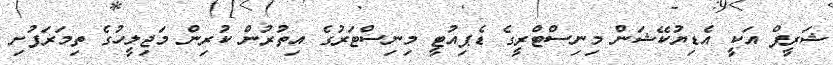
ޝަރީފް އަކީ އެޑިޔުކޭޝަން މިނިސްޓްރީގެ ޑެޕިއުޓީ މިނިސްޓަރުގެ އިތުރުން ކުރިން މަޖިލީހުގެ ތިމަރަފުށި